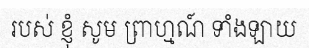
របស់ ខ្ញុំ សូម ព្រាហ្មណ៍ ទាំងឡាយ